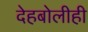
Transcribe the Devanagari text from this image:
देहबोलीही